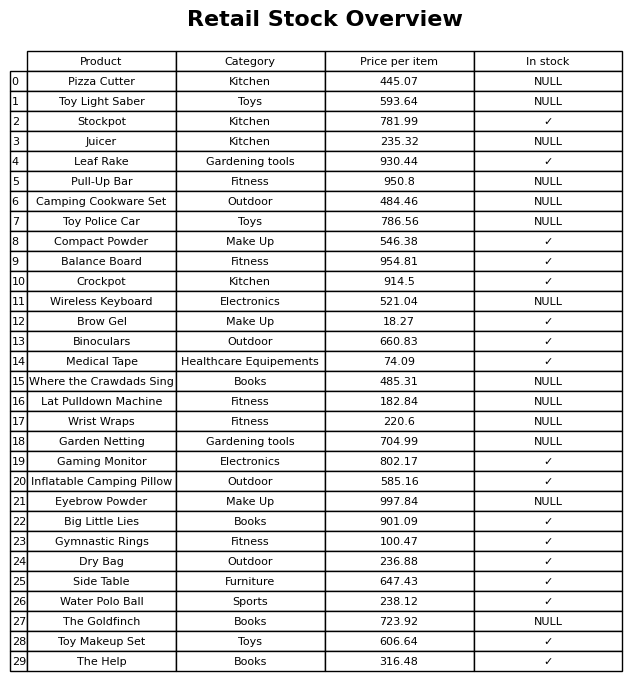
question: Is the Lat Pulldown Machine in stock?
answer: NULL